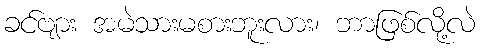
ခင်ဗျား အမဲသားမစားဘူးလား၊ ဘာဖြစ်လို့လဲ